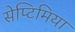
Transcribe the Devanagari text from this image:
सेप्टिमिया